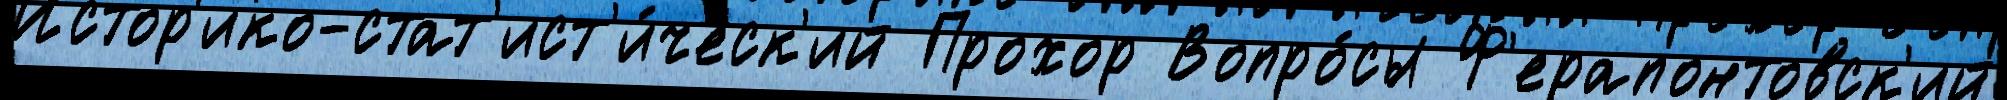
Истор'ико-стат'ист'и́ческ'ий Прохор Вопро́сы Ф'ерапонтовск'ий